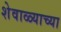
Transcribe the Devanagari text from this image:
शेवाळ्याच्या